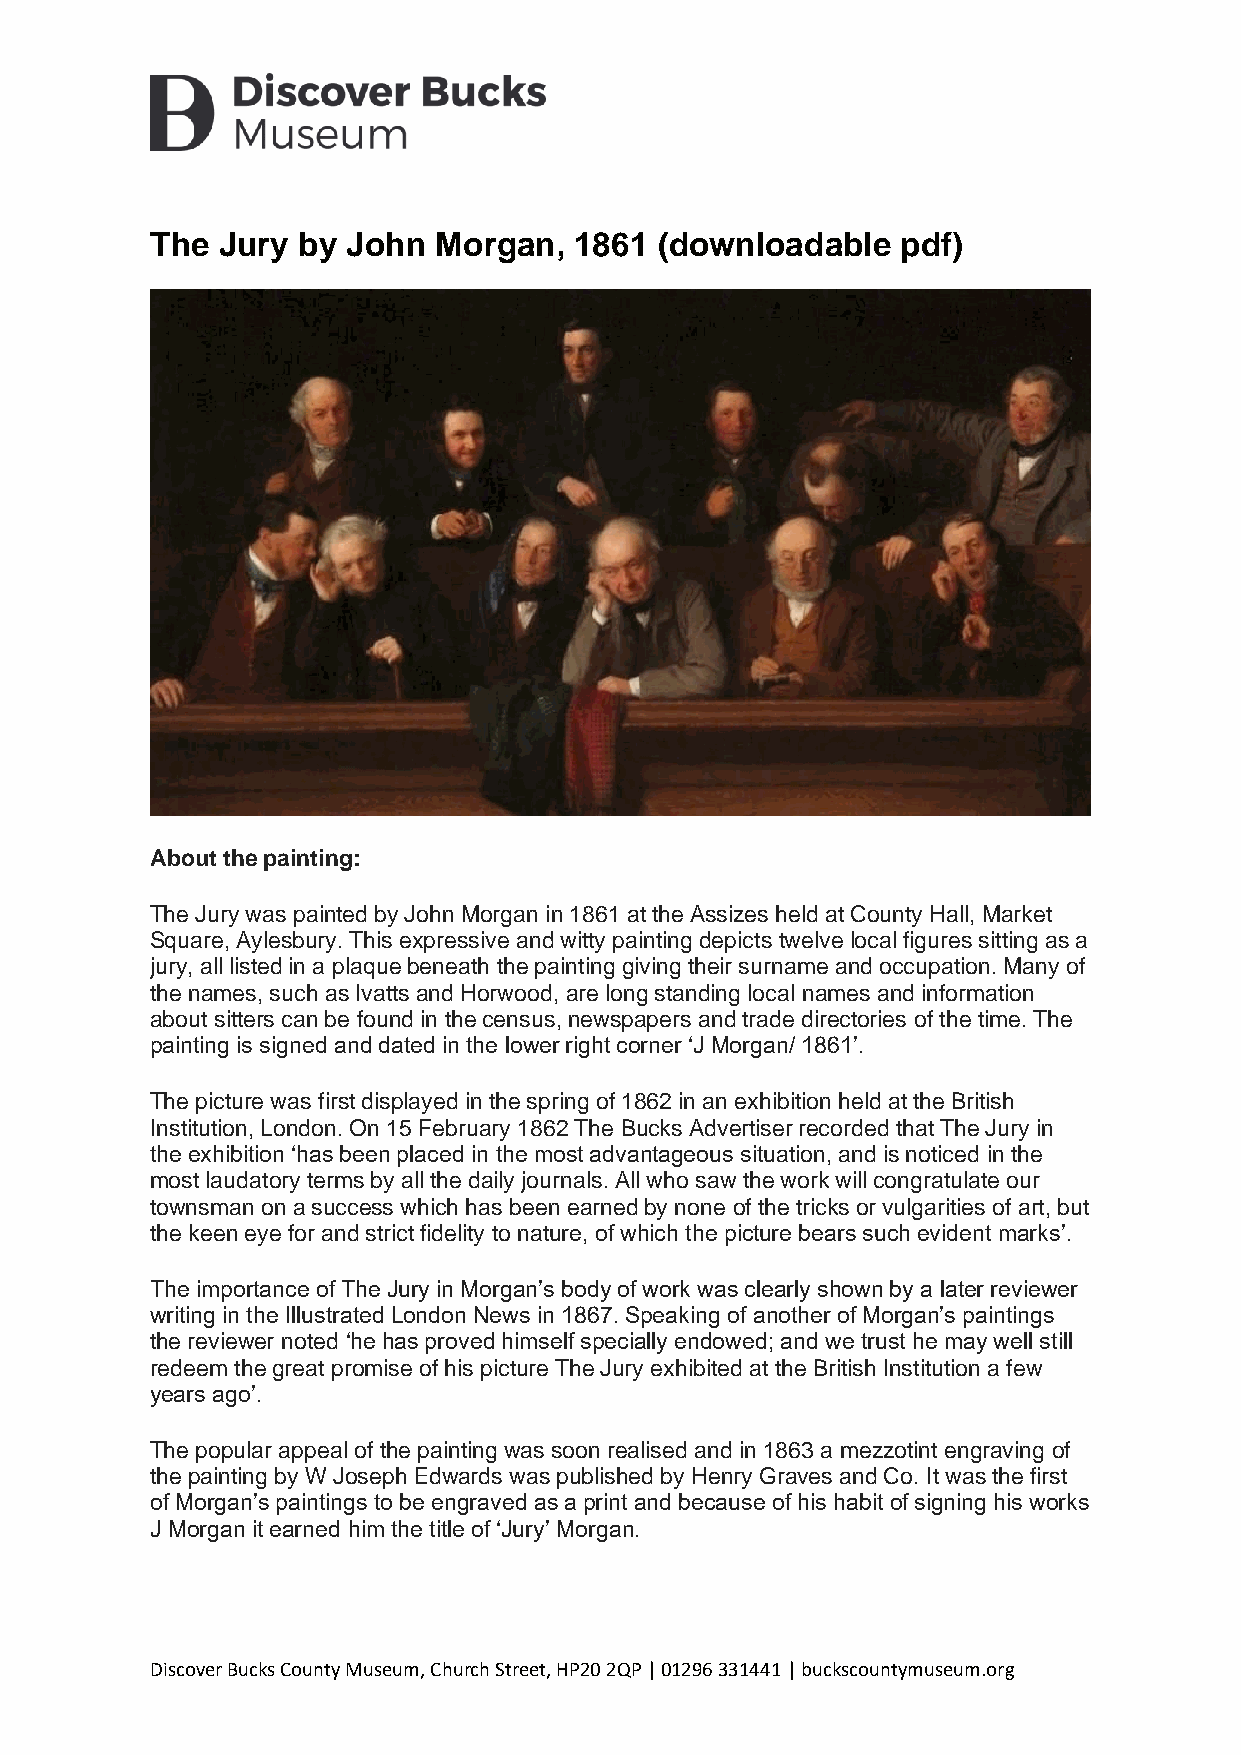
The Jury  by John  Morgan,  1861  (downloadable   pdf)
 About the painting:
 The Jury was painted by John Morgan in 1861 at the Assizes held at County Hall, Market
 Square, Aylesbury. This expressive and witty painting depicts twelve local figures sitting as a
 jury, all listed in a plaque beneath the painting giving their surname and occupation. Many of
 the names, such as Ivatts and Horwood, are long standing local names and information
 about sitters can be found in the census, newspapers and trade directories of the time. The
 painting is signed and dated in the lower right corner ‘J Morgan/ 1861’.
 The picture was first displayed in the spring of 1862 in an exhibition held at the British
 Institution, London. On 15 February 1862 The Bucks Advertiser recorded that The Jury in
 the exhibition ‘has been placed in the most advantageous situation, and is noticed in the
 most laudatory terms by all the daily journals. All who saw the work will congratulate our
 townsman on a success which has been earned by none of the tricks or vulgarities of art, but
 the keen eye for and strict fidelity to nature, of which the picture bears such evident marks’.
 The importance of The Jury in Morgan’s body of work was clearly shown by a later reviewer
 writing in the Illustrated London News in 1867. Speaking of another of Morgan’s paintings
 the reviewer noted ‘he has proved himself specially endowed; and we trust he may well still
 redeem the great promise of his picture The Jury exhibited at the British Institution a few
 years ago’.
 The popular appeal of the painting was soon realised and in 1863 a mezzotint engraving of
 the painting by W Joseph Edwards was published by Henry Graves and Co. It was the first
 of Morgan’s paintings to be engraved as a print and because of his habit of signing his works
 J Morgan it earned him the title of ‘Jury’ Morgan.
 Discover Bucks County Museum, Church Street, HP20 2QP | 01296 331441 | buckscountymuseum.org